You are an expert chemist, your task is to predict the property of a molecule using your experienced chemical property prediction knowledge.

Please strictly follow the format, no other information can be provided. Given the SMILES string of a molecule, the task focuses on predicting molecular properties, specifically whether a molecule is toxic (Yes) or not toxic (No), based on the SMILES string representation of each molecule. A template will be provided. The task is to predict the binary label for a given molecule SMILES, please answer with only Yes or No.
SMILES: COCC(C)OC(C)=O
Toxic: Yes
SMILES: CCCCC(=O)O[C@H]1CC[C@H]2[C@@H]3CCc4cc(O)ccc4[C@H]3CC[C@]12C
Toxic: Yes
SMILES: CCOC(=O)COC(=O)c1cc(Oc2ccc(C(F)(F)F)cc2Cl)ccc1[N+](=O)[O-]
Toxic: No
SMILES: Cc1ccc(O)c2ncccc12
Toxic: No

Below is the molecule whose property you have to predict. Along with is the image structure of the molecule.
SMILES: CC1(C)C(=O)C(C)(C)C1=O
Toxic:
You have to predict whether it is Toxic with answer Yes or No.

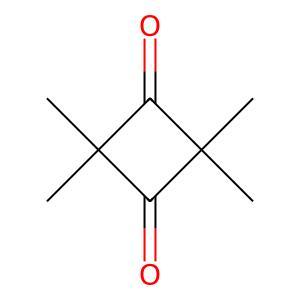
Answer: No